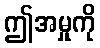
ဤအမှုကို